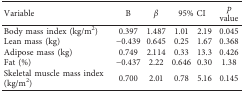
<table><thead><tr><td><b>Variable</b></td><td><b>B</b></td><td><b><i>β</i></b></td><td colspan="2"><b>95% CI</b></td><td><b><i>p</i> value</b></td></tr></thead><tbody><tr><td>Body mass index (kg/m<sup>2</sup>)</td><td>0.397</td><td>1.487</td><td>1.01</td><td>2.19</td><td>0.045</td></tr><tr><td>Lean mass (kg)</td><td>−0.439</td><td>0.645</td><td>0.25</td><td>1.67</td><td>0.368</td></tr><tr><td>Adipose mass (kg)</td><td>0.749</td><td>2.114</td><td>0.33</td><td>13.3</td><td>0.426</td></tr><tr><td>Fat (%)</td><td>−0.437</td><td>2.22</td><td>0.646</td><td>0.30</td><td>1.38</td></tr><tr><td>Skeletal muscle mass index (kg/m<sup>2</sup>)</td><td>0.700</td><td>2.01</td><td>0.78</td><td>5.16</td><td>0.145</td></tr></tbody></table>